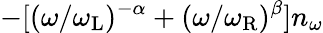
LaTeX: -[(\omega/\omega_{\mathrm{L}})^{-\alpha}+(\omega/\omega_{\mathrm{R}})^{\beta}]n_{\omega}